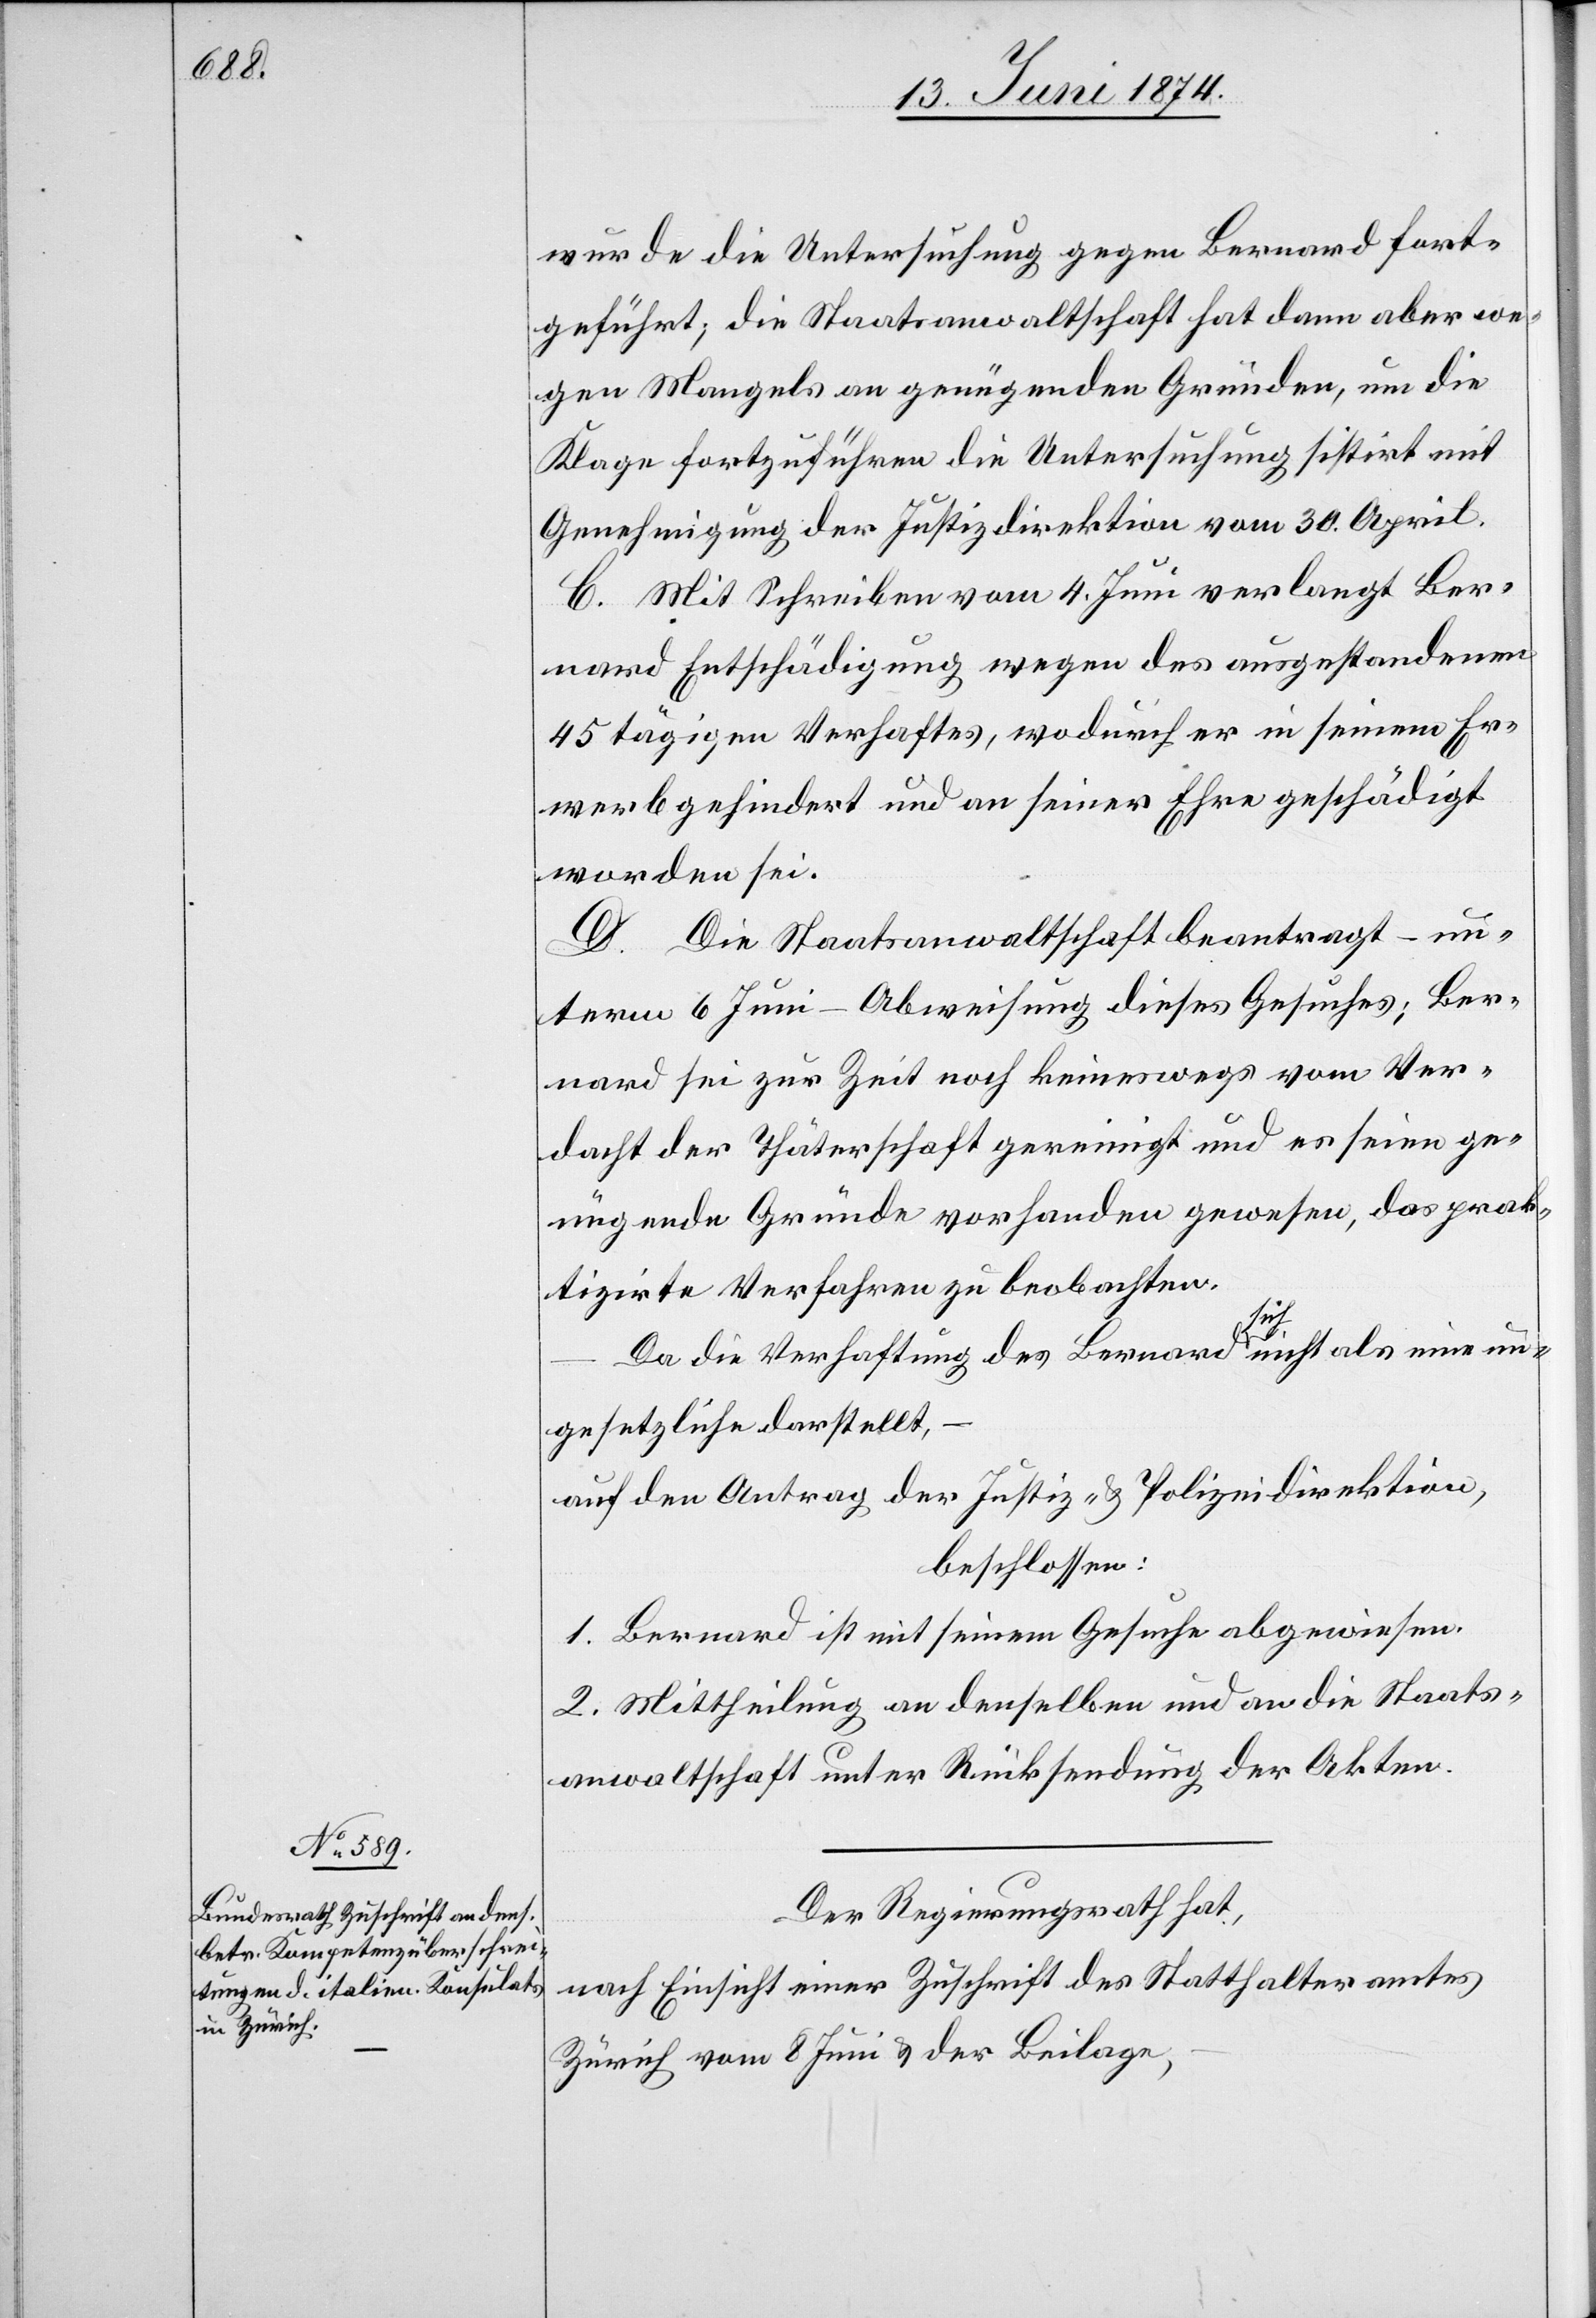
wurde die Untersuchung gegen Bernard fort¬
geführt; die Staatsanwaltschaft hat dann aber we¬
gen Mangels an genügenden Gründen, um die
Klage fortzuführen die Untersuchung sistirt mit
Genehmigung der Justizdirektion vom 30. April.
C. Mit Schreiben vom 4. Juni verlangt Ber¬
nard Entschädigung wegen des ausgestandenen
45 tägigen Verhaftes, wodurch er in seinem Er¬
werb gehindert und an seiner Ehre geschädigt
worden sei.
D. Die Staatsanwaltschaft beantragt – un¬
term 6. Juni – Abweisung dieses Gesuches; Ber¬
nard sei zur Zeit noch keineswegs vom Ver¬
dacht der Thäterschaft gereinigt und es seien ge¬
nügende Gründe vorhanden gewesen, das prak¬
tizirte Verfahren zu beobachten.
Da die Verhaftung des Bernard sich nicht als eine un¬
gesetzliche darstellt,
auf den Antrag der Justiz- u. Polizeidirektion,
beschlossen:
1. Bernard ist mit seinem Gesuche abgewiesen.
2. Mittheilung an denselben und an die Staats¬
anwaltschaft unter Rücksendung der Akten.
Der Regierungsrath hat,
nach Einsicht einer Zuschrift des Statthalteramtes
Zürich vom 8. Juni u. der Beilage,